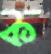
ক